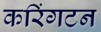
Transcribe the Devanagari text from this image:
करिंगटन